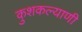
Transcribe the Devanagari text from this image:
कुशकल्याणी